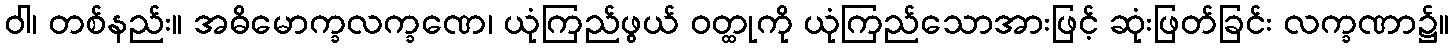
ဝါ၊ တစ်နည်း။ အဓိမောက္ခလက္ခဏေ၊ ယုံကြည်ဖွယ် ဝတ္ထုကို ယုံကြည်သောအားဖြင့် ဆုံးဖြတ်ခြင်း လက္ခဏာ၌။